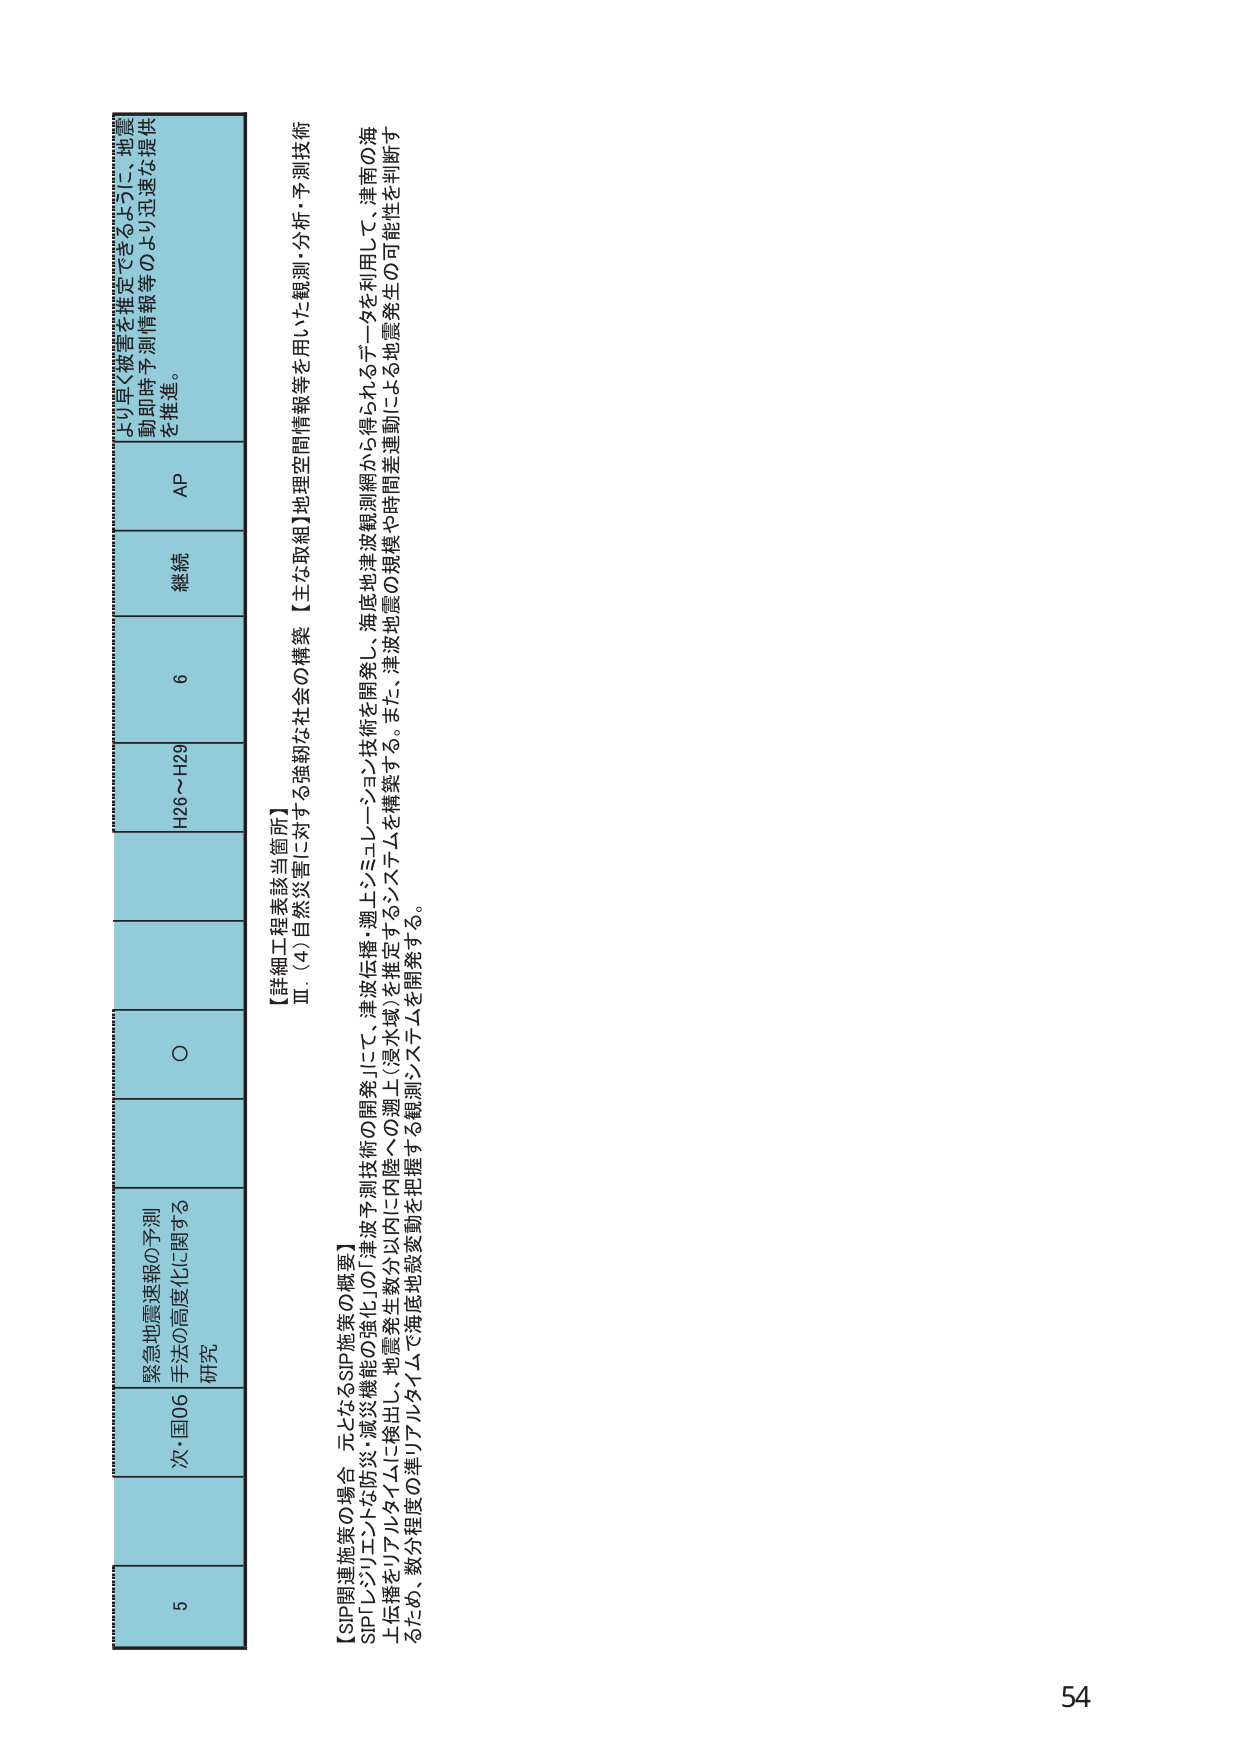
5
次・国06 緊急地震速報の予測
手法の高度化に関する
研究
○
H26～H29
6
継続
AP
より早く被害を推定できるように、地震
動即時予測情報等のより迅速な提供
を推進。
【SP関連施策の場合、元となるSP施策の概要】
SIP「レジリエントな防災・減災機能の強化」の「津波予測技術の開発」にて、津波伝播・遡上シミュレーション技術を開発し、海底地津波観測網から得られるデータを利用して、津南の海
上伝播をリアルタイムに検出し、地震発生数分以内に内陸への遡上（浸水域）を推定するシステムを構築する。また、津波地震の規模や時間差運動による地震発生の可能性を判断す
るため、数分程度の津リアルタイムで海底地殻変動を把握する観測システムを開発する。
【詳細工程表該当箇所】
Ⅲ．(4)自然災害に対する強靭な社会の構築 【主な取組】地理空間情報等を用いた観測・分析・予測技術
54